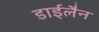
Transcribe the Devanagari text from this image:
डाईलैन